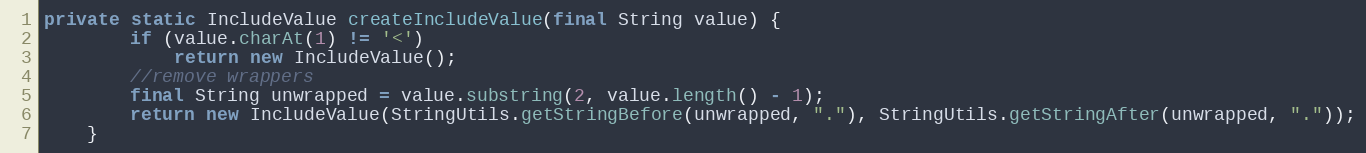
Language: Java
private static IncludeValue createIncludeValue(final String value) {
		if (value.charAt(1) != '<')
			return new IncludeValue();
		//remove wrappers
		final String unwrapped = value.substring(2, value.length() - 1);
		return new IncludeValue(StringUtils.getStringBefore(unwrapped, "."), StringUtils.getStringAfter(unwrapped, "."));
	}